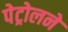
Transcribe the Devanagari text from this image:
पेट्रोलने